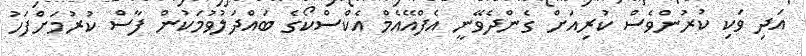
އަދި ވަކި ކުރުންވެސް ކުރިއަށް ގެންދެވޭނީ އެފްއޭއެމް އެކްސްކޯގެ ބައްދަލުވުމަކުން ފާސް ކުރުމަށްފަހު